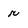
Character: r